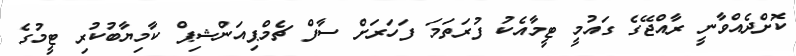
ކޮށްދެއްވާނީ ރާއްޖޭގެ ގައުމީ ޓީމާއެކު ފުރަތަމަ ފަހަރަށް ސާފް ޗެމްޕިއަންޝިޕް ކާމިޔާބުކުރި ޓީމުގެ